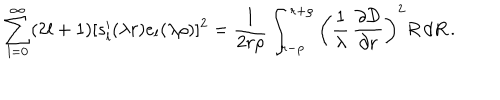
LaTeX: \sum _ { l = 0 } ^ { \infty } ( 2 l + 1 ) [ s _ { l } ^ { \prime } ( \lambda r ) e _ { l } ( \lambda \rho ) ] ^ { 2 } = \frac { 1 } { 2 r \rho } \int _ { r - \rho } ^ { r + \rho } \left( \frac { 1 } { \lambda } \, \frac { \partial { \cal D } } { \partial r } \right) ^ { 2 } R \, d R \, .